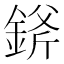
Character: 𨨞